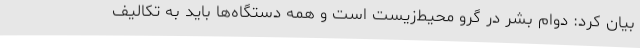
بیان کرد: دوام بشر در گرو محیط‌زیست است و همه دستگاه‌ها باید به تکالیف